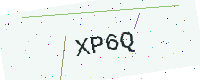
Text: XP6Q